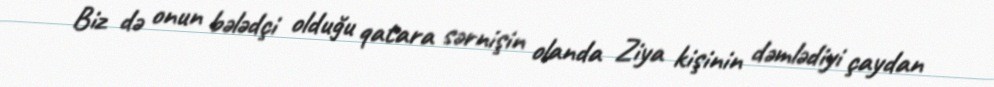
Biz də onun bələdçi olduğu qatara sərnişin olanda Ziya kişinin dəmlədiyi çaydan